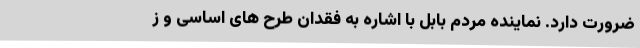
ضرورت دارد. نماینده مردم بابل با اشاره به فقدان طرح های اساسی و ز